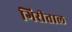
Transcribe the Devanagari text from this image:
गिरीताल